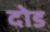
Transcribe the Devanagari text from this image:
दोड